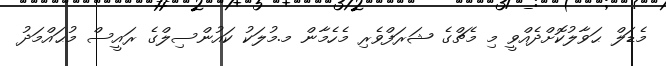
މެޑަލް ޙަވާލުކޮށްދެއްވީ މި މެޗްގެ ޝަރަފްވެރި މެހެމާން މ.މުލަކު ކައުންސިލްގެ ރައީސް މުޙައްމަދު